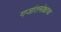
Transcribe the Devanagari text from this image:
गजांतमोक्षाचा